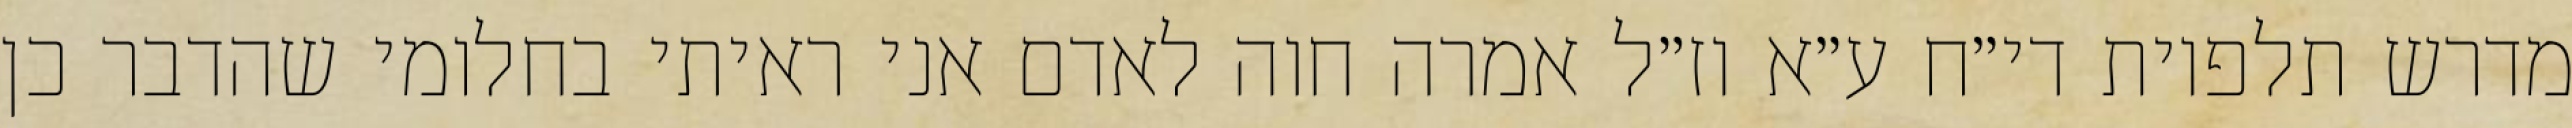
מדרש תלפיות די״ח ע״א וז״ל אמרה חוה לאדם אני ראיתי בחלומי שהדבר כן